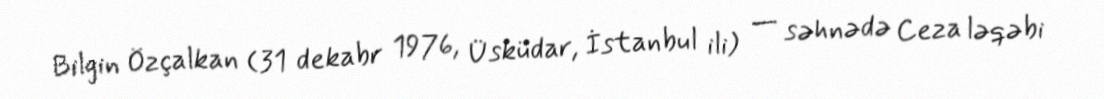
Bilgin Özçalkan (31 dekabr 1976, Üsküdar, İstanbul ili) — səhnədə Ceza ləqəbi